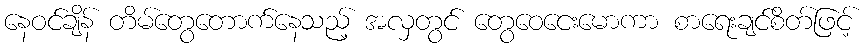
နေဝင်ချိန် တိမ်တွေတောက်နေသည့် အလှတွင် တွေဝေငေးမောကာ စာရေးချင်စိတ်ဖြင့်